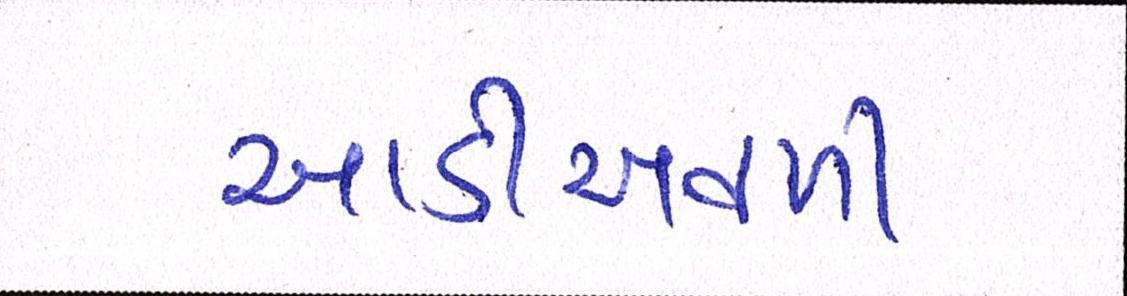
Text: આડીઅવળી